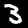
Label: 3